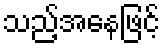
သည့်အနေဖြင့်